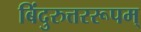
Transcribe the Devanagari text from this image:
बिंदुरुत्तररूपम्